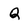
Character: Q